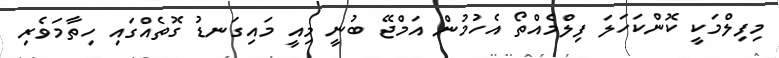
މިފިލްމަކީ ކޮންކަހަލަ ފިލްމެއްތޯ އެހުމުން އަމްޖޭ ބުނީ މިއީ މައިގަނޑު ގޮތެއްގައި ހިތާމަވެރި